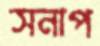
সনাপ